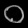
Digit: ၀